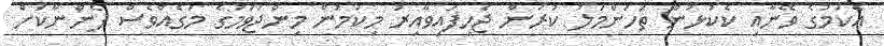
އެކަމުގެ ވޭނާއި ކެކުޅުން ތަހަންމަލު ކުރަން ޖެހިފައިވާއިރު މިކަމުން މިންޖުވުމުގެ މަގެއްވެސް ފެންނާކަށް